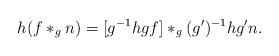
LaTeX: \begin{align*}h(f \ast_g n) = [g^{-1}hg f] \ast_{g} (g')^{-1}hg'n. \end{align*}